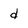
Character: d